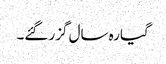
گیارہ سال گزر گئے۔